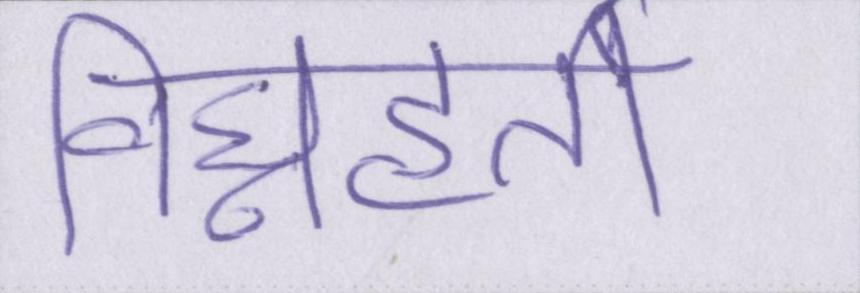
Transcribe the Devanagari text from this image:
विघ्नहर्ता